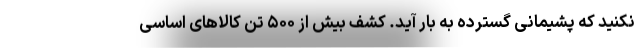
نکنید که پشیمانی گسترده به بار آید. کشف بیش از ۵۰۰ تن کالاهای اساسی